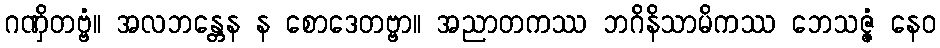
ဂဏှိတဗ္ဗံ။ အလဘန္တေန န စောဒေတဗ္ဗာ။ အညာတကဿ ဘဂိနိသာမိကဿ ဘေသဇ္ဇံ နေဝ